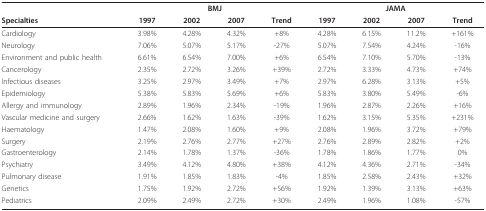
|  | <COLSPAN=4> BMJ | <COLSPAN=4> JAMA |
 | Specialties | 1997 | 2002 | 2007 | Trend | 1997 | 2002 | 2007 | Trend |
 | --- | --- | --- | --- | --- | --- | --- | --- | --- |
 | Cardiology | 3.98% | 4.28% | 4.32% | +8% | 4.28% | 6.15% | 11.2% | +161% |
 | Neurology | 7.06% | 5.07% | 5.17% | -27% | 5.07% | 7.54% | 4.24% | -16% |
 | Environment and public health | 6.61% | 6.54% | 7.00% | +6% | 6.54% | 7.10% | 5.70% | -13% |
 | Cancerology | 2.35% | 2.72% | 3.26% | +39% | 2.72% | 3.33% | 4.73% | +74% |
 | Infectious diseases | 3.25% | 2.97% | 3.49% | +7% | 2.97% | 6.28% | 3.13% | +5% |
 | Epidemiology | 5.38% | 5.83% | 5.69% | +6% | 5.83% | 3.80% | 5.49% | -6% |
 | Allergy and immunology | 2.89% | 1.96% | 2.34% | -19% | 1.96% | 2.87% | 2.26% | +16% |
 | Vascular medicine and surgery | 2.66% | 1.62% | 1.63% | -39% | 1.62% | 3.15% | 5.35% | +231% |
 | Haematology | 1.47% | 2.08% | 1.60% | +9% | 2.08% | 1.96% | 3.72% | +79% |
 | Surgery | 2.19% | 2.76% | 2.77% | +27% | 2.76% | 2.89% | 2.82% | +2% |
 | Gastroenterology | 2.14% | 1.78% | 1.37% | -36% | 1.78% | 1.86% | 1.77% | 0% |
 | Psychiatry | 3.49% | 4.12% | 4.80% | +38% | 4.12% | 4.36% | 2.71% | -34% |
 | Pulmonary disease | 1.91% | 1.85% | 1.83% | -4% | 1.85% | 2.58% | 2.43% | +32% |
 | Genetics | 1.75% | 1.92% | 2.72% | +56% | 1.92% | 1.39% | 3.13% | +63% |
 | Pediatrics | 2.09% | 2.49% | 2.72% | +30% | 2.49% | 1.96% | 1.08% | -57% |